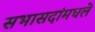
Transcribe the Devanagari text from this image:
सभासदांमधले